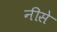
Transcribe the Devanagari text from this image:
नीसे